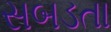
સબડતા